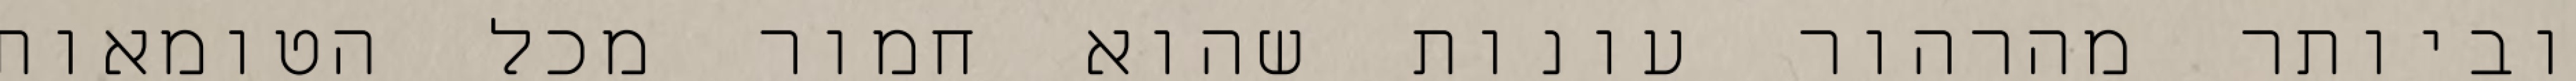
וביותר מהרהור עונות שהוא חמור מכל הטומאות